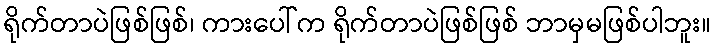
ရိုက်တာပဲဖြစ်ဖြစ်၊ ကားပေါ်က ရိုက်တာပဲဖြစ်ဖြစ် ဘာမှမဖြစ်ပါဘူး။